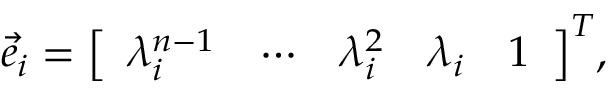
{ \vec { e } } _ { i } = { \left[ \begin{array} { l l l l l } { \lambda _ { i } ^ { n - 1 } } & { \cdots } & { \lambda _ { i } ^ { 2 } } & { \lambda _ { i } } & { 1 } \end{array} \right] } ^ { T } ,